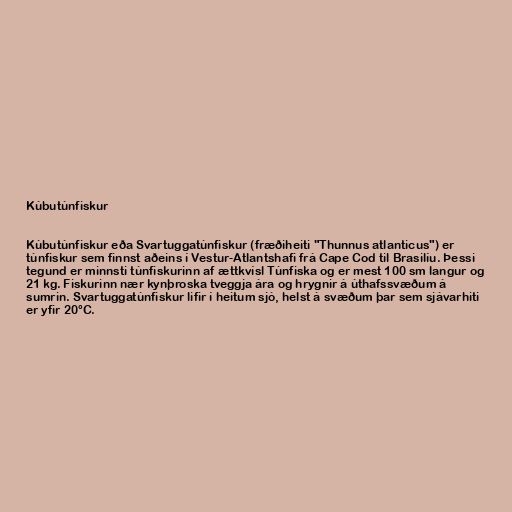
Kúbutúnfiskur

Kúbutúnfiskur eða Svartuggatúnfiskur (fræðiheiti "Thunnus atlanticus") er
túnfiskur sem finnst aðeins í Vestur-Atlantshafi frá Cape Cod til Brasilíu. Þessi
tegund er minnsti túnfiskurinn af ættkvísl Túnfiska og er mest 100 sm langur og
21 kg. Fiskurinn nær kynþroska tveggja ára og hrygnir á úthafssvæðum á
sumrin. Svartuggatúnfiskur lifir í heitum sjó, helst á svæðum þar sem sjávarhiti
er yfir 20°C.